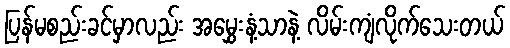
ပြန်မစည်းခင်မှာလည်း အမွှေးနံ့သာနဲ့ လိမ်းကျံလိုက်သေးတယ်